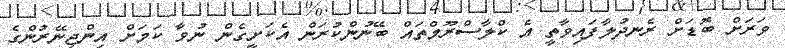
ވަރަށް ބޮޑަށް ރެނދުލާފައިވާތީ އެ ކްލާސްރޫމްތައް ބޭނުންކުރަން އެކަށީގެން ނުވާ ކަމަށް އިންޖިނޭރުންގެ